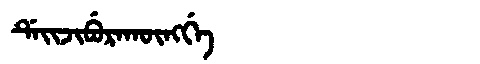
Manchu: ᡩᡝᡳᠵᡳᠪᡠᡵᠠᡴᡡᠩᡤᡝ
Romanization: DEIJIBURAKŪNGGE